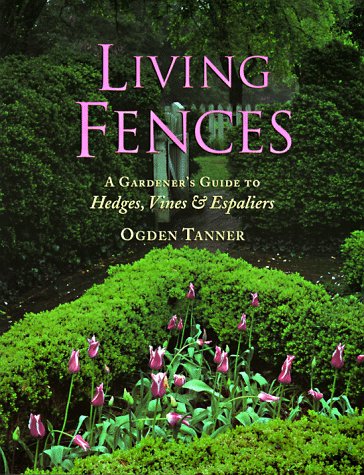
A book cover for Living Fences: A Gardener's Guide to Hedges, Vines & Espaliers; Ogden Tanner; Crafts, Hobbies & Home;